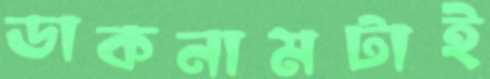
ডাকনামটাই